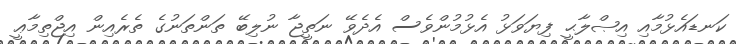
ކަނޑައެޅުމާއި އިޞްލާޙީ ފިޔަވަޅު އެޅުމުންވެސް އެދެވޭ ނަތީޖާ ނުލިބޭ ތަންތަނުގެ ތެރެއިން އިޖްތިމާޢީ